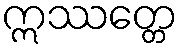
ဣဿတ္တေ